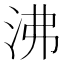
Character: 沸